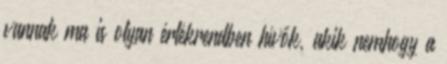
vannak ma is olyan értékrendben hívők, akik nemhogy a